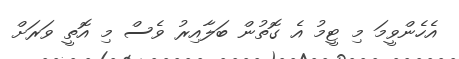
އެހެންވީމަ މި ޓީމު އެ ގޮތުން ބަލާއިރު ވެސް މި އޮތީ ވަރަށް